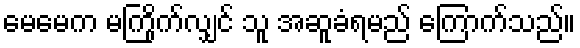
မေမေက မကြိုက်လျှင် သူ အဆူခံရမည် ကြောက်သည်။